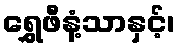
ရွှေဖီနံ့သာနှင့်၊